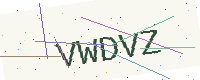
Text: VWDVZ